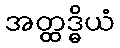
အတ္ထဒ္ဓိယံ